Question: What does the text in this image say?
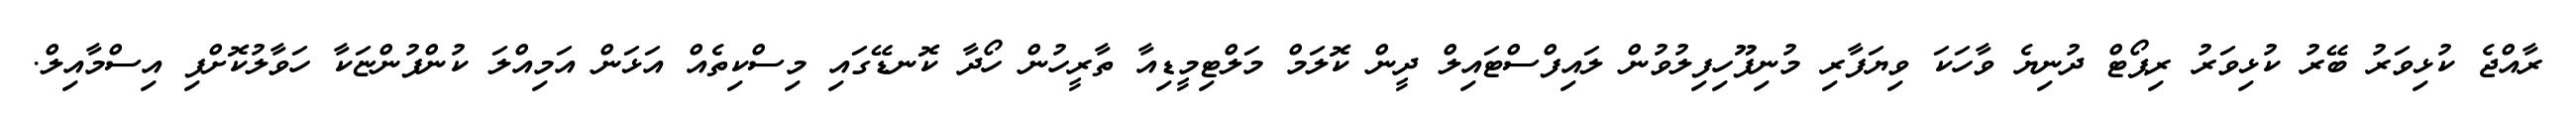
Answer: ރާއްޖެ ކުޅިވަރު ބޭރު ކުޅިވަރު ރިޕޯޓް ދުނިޔެ ވާހަކަ ވިޔަފާރި މުނިފޫހިފިލުވުން ލައިފްސްޓައިލް ދީން ކޮލަމް މަލްޓިމީޑިއާ ތާރީހުން ހޯދާ ކޮނޑޭގައި މިސްކިތެއް އަޅަން އަމިއްލަ ކުންފުންޏަކާ ހަވާލުކޮށްފި އިސްމާއިލް.